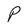
Character: P